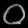
Digit: ၀